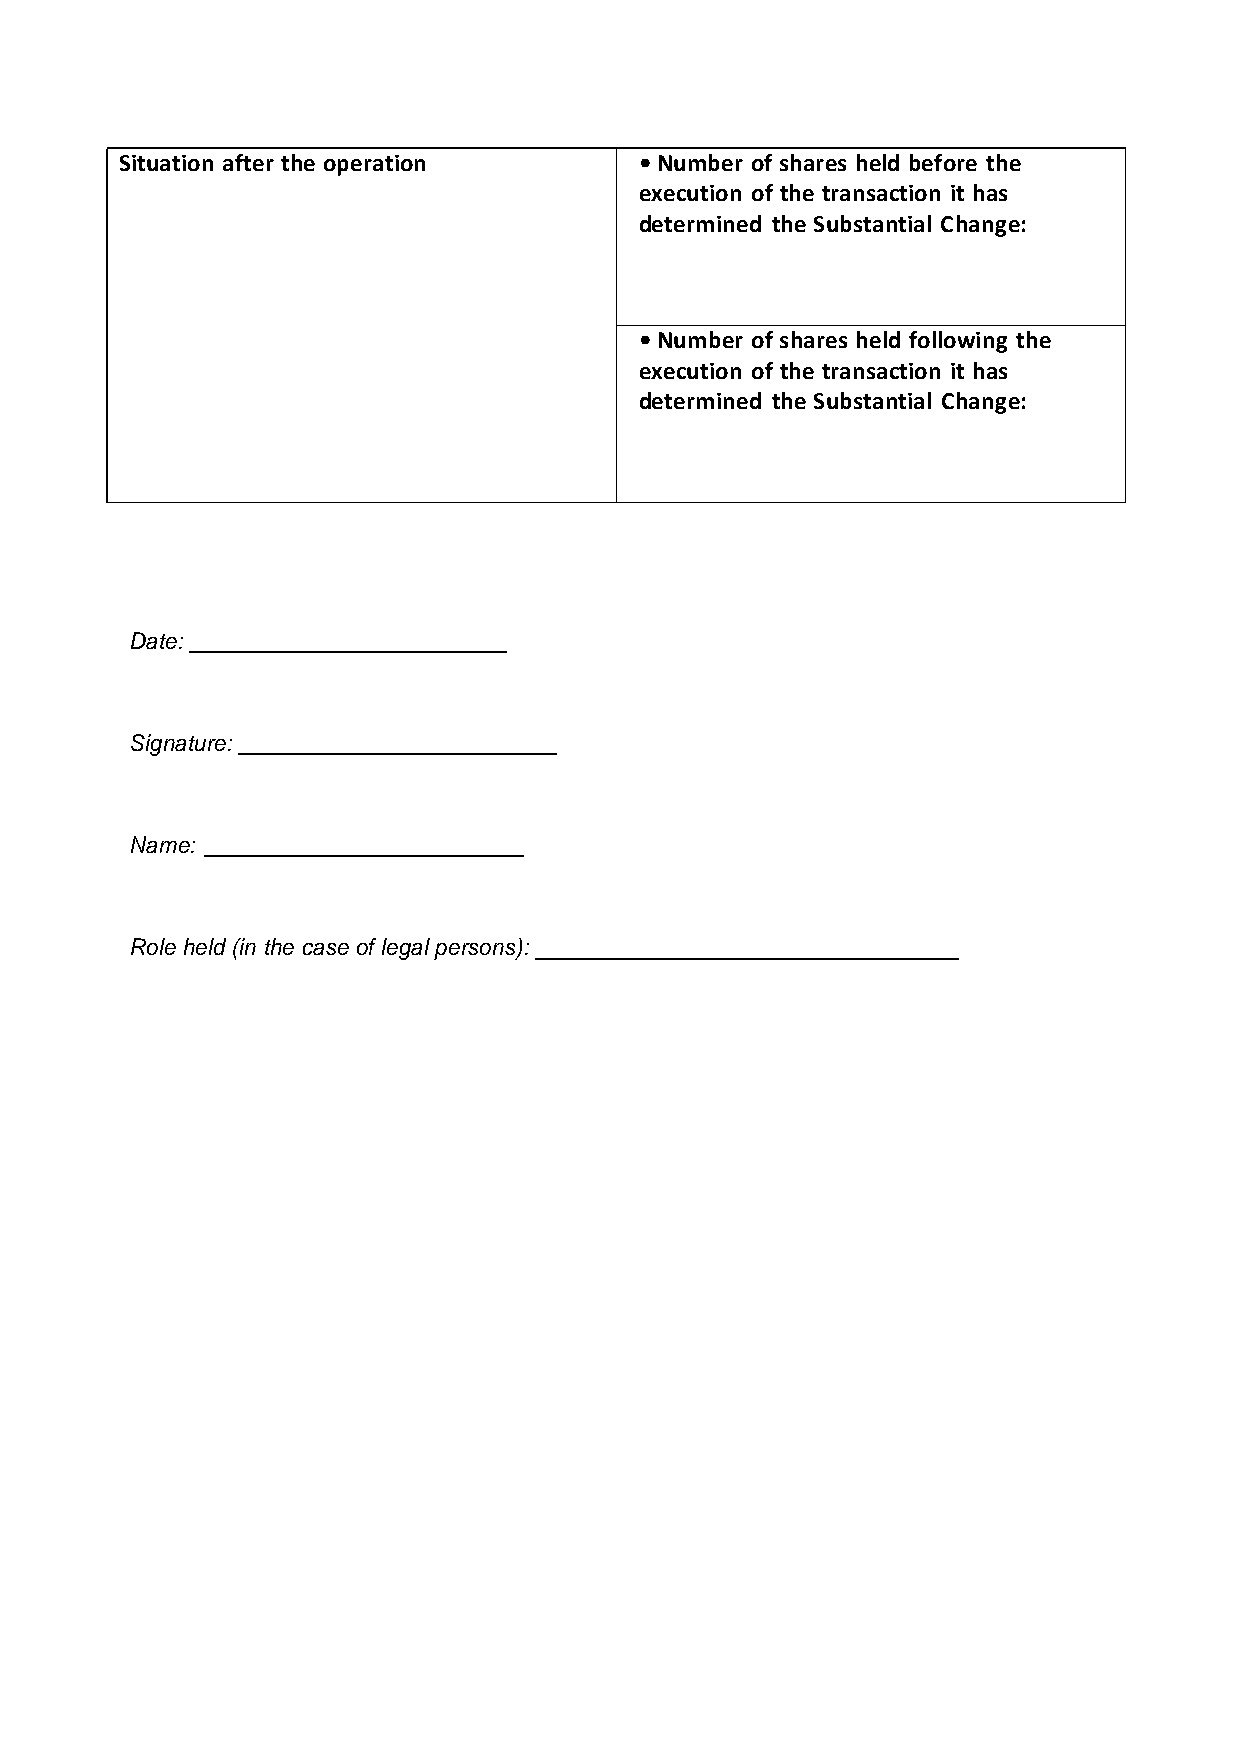
Situation after the operation     • Number of shares held before the
 execution of the transaction it has
 determined the Substantial Change:
 • Number of shares held following the
 execution of the transaction it has
 determined the Substantial Change:
 Date:
 Signature:
 Name:
 Role held (in the case of legal persons):